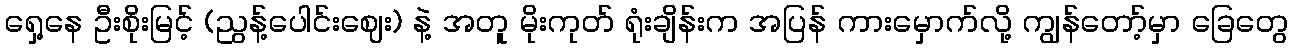
ရှေ့နေ ဦးစိုးမြင့် (ညွန့်ပေါင်းဈေး) နဲ့ အတူ မိုးကုတ် ရုံးချိန်းက အပြန် ကားမှောက်လို့ ကျွန်တော့်မှာ ခြေတွေ